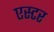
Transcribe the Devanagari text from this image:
एस्‍टर